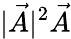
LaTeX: |\vec{A}|^{2}\vec{A}